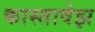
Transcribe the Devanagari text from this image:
कास्तावेझ